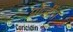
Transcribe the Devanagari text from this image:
प्रॉव्हींस